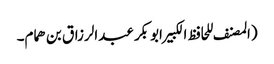
(المصنف للحافظ الکبیرابوبکر عبدالرزاق بن ھمام۔